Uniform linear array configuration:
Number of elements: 64
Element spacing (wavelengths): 0.75
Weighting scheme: kaiser
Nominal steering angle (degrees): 30
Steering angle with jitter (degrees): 28.261
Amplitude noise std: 0.05
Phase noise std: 0.05

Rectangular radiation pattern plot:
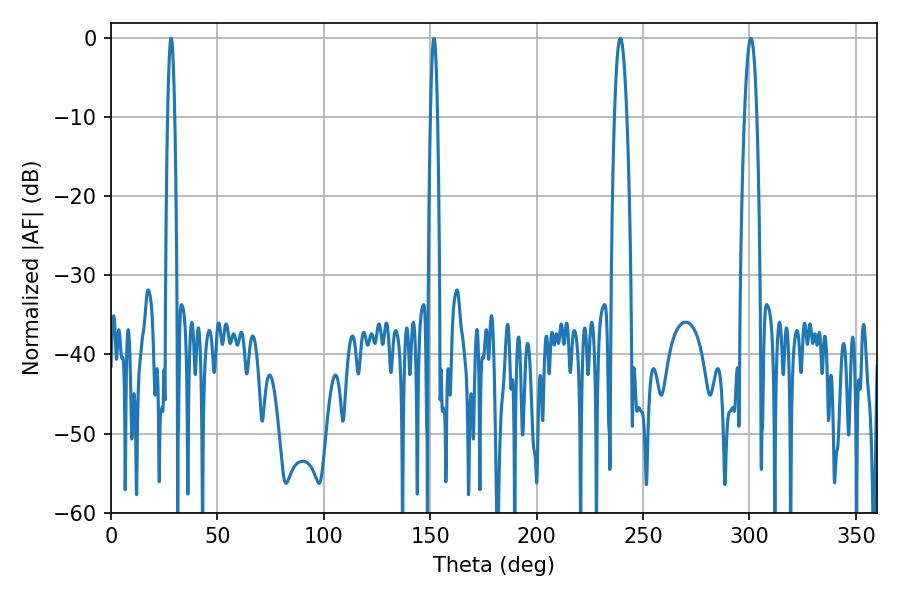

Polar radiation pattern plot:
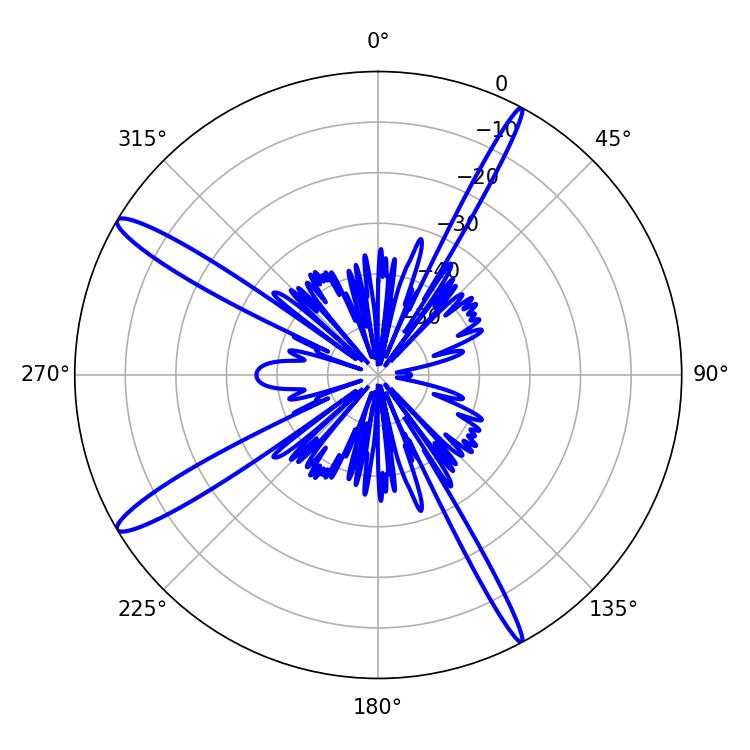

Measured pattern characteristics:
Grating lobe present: TRUE
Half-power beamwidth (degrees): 1.8
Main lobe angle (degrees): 28.26